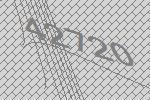
42720